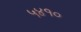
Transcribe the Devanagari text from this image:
५४१०